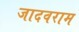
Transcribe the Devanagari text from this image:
जादवराम